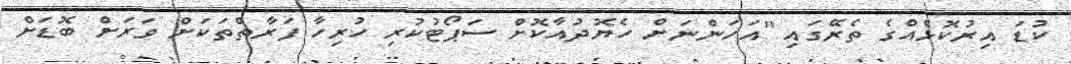
ކުޑަ އިރުކޮޅެއްގެ ތެރޭގައި "އަހަންނަށް ހެޔޮދުއާކޮށް ސަޕޯޓުކުރި ހުރިހާ ފަރާތްތަކަށް ވަރަށް ބޮޑަށް